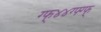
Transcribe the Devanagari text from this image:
ग्फ्४४ग्फ्ग्फ्